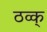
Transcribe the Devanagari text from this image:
ठव्क्